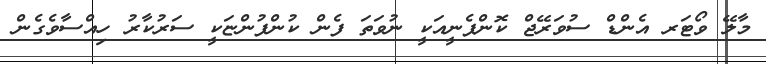
މާލޭ ވޯޓަރ އެންޑް ސުވަރޭޖް ކޮންޕެނީއަކީ ނުވަތަ ފެން ކުންފުންޏަކީ ސަރުކާރު ހިއްސާވެގެން